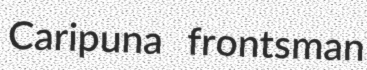
Caripuna frontsman